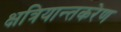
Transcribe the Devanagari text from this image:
क्षत्रियान्तकरेण